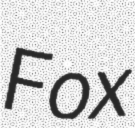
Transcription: Fox